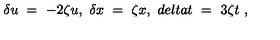
\delta u \ = \ - 2 \zeta u , \ \delta x \ = \ \zeta x , \ d e l t a t \ = \ 3 \zeta t \ ,